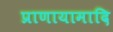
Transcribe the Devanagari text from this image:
प्राणायामादि